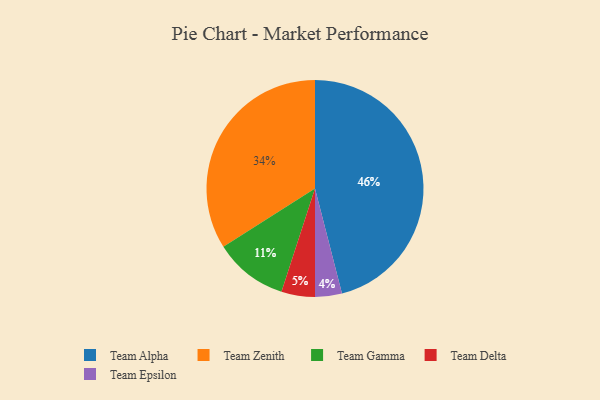
{"axis": {"x": "Category", "y": "Percentage"}, "legend": ["Team Alpha", "Team Delta", "Team Epsilon", "Team Gamma", "Team Zenith"], "data": [{"x": "Team Alpha", "y": 46, "type": "Team Alpha"}, {"x": "Team Zenith", "y": 34, "type": "Team Zenith"}, {"x": "Team Delta", "y": 5, "type": "Team Delta"}, {"x": "Team Epsilon", "y": 4, "type": "Team Epsilon"}, {"x": "Team Gamma", "y": 11, "type": "Team Gamma"}]}